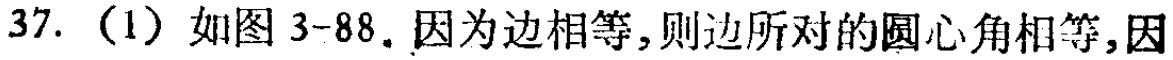
37.（1）如图3-88. 因为边相等,则边所对的圆心角相等,因